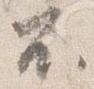
不